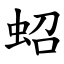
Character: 蛁